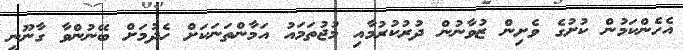
އެހެންކަމުން ކުށުގެ ވެށިން ޒުވާނުން ދުރުކުރުމާއި މުޖުތަމައު އަމާންތަނަކަށް ހެދުމަށް ބޭނުންވާ ގާނޫނީ